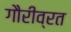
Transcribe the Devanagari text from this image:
गौरीव्रत